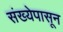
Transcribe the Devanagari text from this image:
संख्येपासून